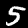
Digit: 5